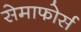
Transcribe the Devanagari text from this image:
सेमाफोर्स